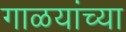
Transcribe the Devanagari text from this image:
गाळयांच्या